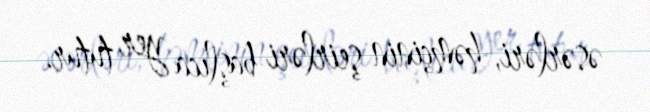
əsərləri, həmçinin şeirləri başlıca yer tutur.